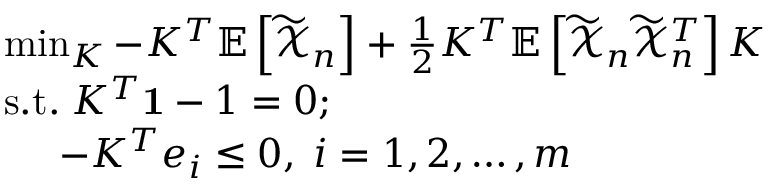
\begin{array} { r l } & { \operatorname* { m i n } _ { K } - K ^ { T } \mathbb { E } \left[ \widetilde { \mathcal { X } } _ { n } \right] + \frac { 1 } { 2 } K ^ { T } \mathbb { E } \left[ \widetilde { \mathcal { X } } _ { n } \widetilde { \mathcal { X } } _ { n } ^ { T } \right] K } \\ & { \mathrm { s . t . } \; K ^ { T } \mathbf { 1 } - 1 = 0 ; } \\ & { \; \; \; \; \; - K ^ { T } e _ { i } \leq 0 , \; i = 1 , 2 , \ldots , m } \end{array}